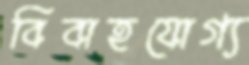
বিবাহযোগ্য